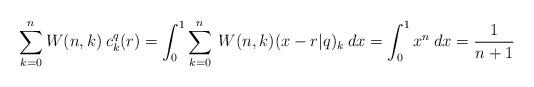
LaTeX: \begin{align*}\sum_{k=0}^n W(n,k)\:c_k^{q}(r)=\int_{0}^{1}\sum_{k=0}^n\:W(n,k)(x-r|q)_k\:dx=\int_{0}^{1}x^n\:dx=\frac{1}{n+1}\end{align*}